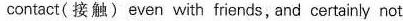
_contact( 接触〉even with friends, and certainly not _